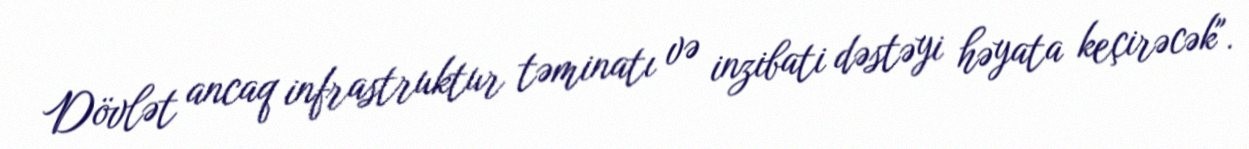
Dövlət ancaq infrastruktur təminatı və inzibati dəstəyi həyata keçirəcək".